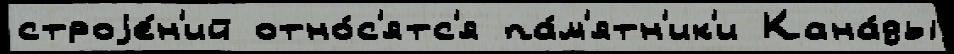
строjе́н'ий отно́с'ятс'я па́м'ятн'ик'и Кана́ды